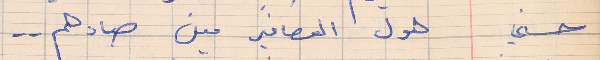
حسني     هول العصافير مين صادهم . .